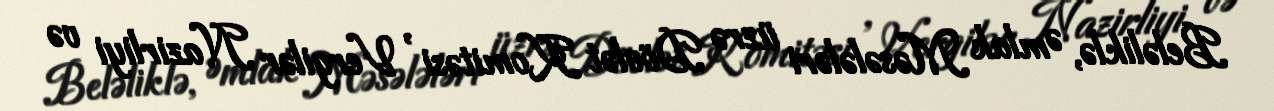
Beləliklə, Əmlak Məsələləri üzrə Dövlət Komitəsi , Vergilər Nazirliyi və